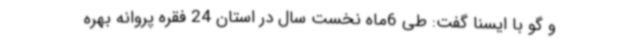
و گو با ایسنا گفت: طی 6ماه نخست سال در استان 24 فقره پروانه بهره